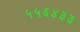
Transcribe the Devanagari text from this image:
५५६४३३